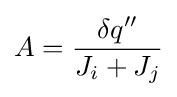
A={\frac {\delta q''}{J_{i}+J_{j}}}